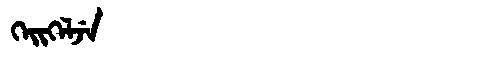
Manchu: ᡴᡝᡳᡴᡝᠯᠵᡝ
Romanization: KEIKELJE